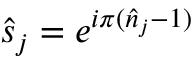
\hat { s } _ { j } = e ^ { i \pi ( \hat { n } _ { j } - 1 ) }